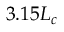
3 . 1 5 L _ { c }